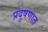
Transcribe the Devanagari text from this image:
प्रदुषणात